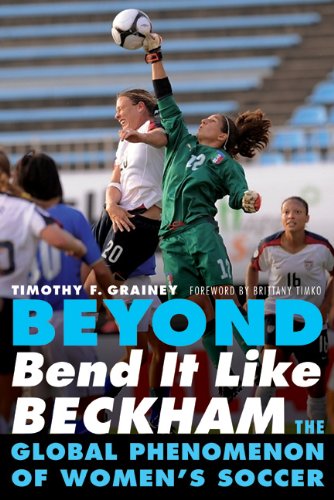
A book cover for Beyond Bend It Like Beckham: The Global Phenomenon of Women's Soccer; Timothy F. Grainey; Sports & Outdoors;